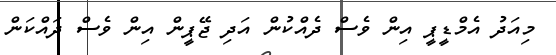
މިއަދު އެމްޑީޕީ އިން ވެސް ދެއްކުން އަދި ޖޭޕީން އިން ވެސް ދައްކަން